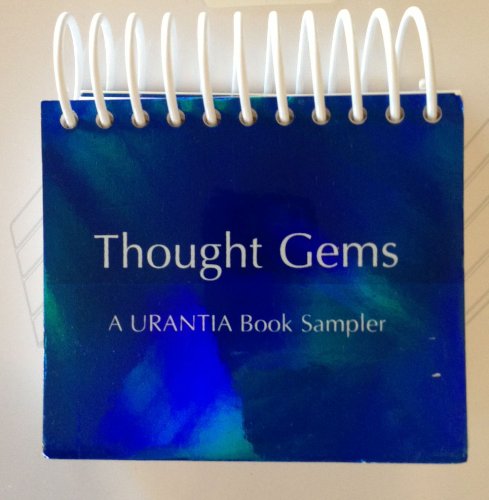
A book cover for Thought Gems; Religion & Spirituality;